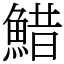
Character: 䱜